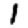
Digit: 1